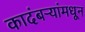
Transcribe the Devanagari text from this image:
कादंबऱ्यांमधून